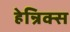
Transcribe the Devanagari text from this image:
हेन्रिक्स